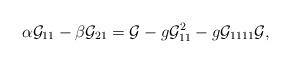
LaTeX: \begin{align*}\alpha {\cal G}_{11}-\beta {\cal G}_{21}={\cal G}-g{\cal G}^2_{11}-g{\cal G}_{1111}{\cal G},\end{align*}